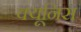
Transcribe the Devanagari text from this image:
क्यूनिस